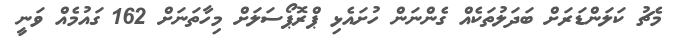
މެޗު ކަލަންޑަރަށް ބަދަލުތަކެއް ގެންނަން ހުށައެޅި ޕްރޮޕޯސަލަށް މިހާތަނަށް 162 ގައުމެއް ވަނީ